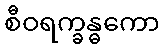
စီဝရက္ခန္ဓကော